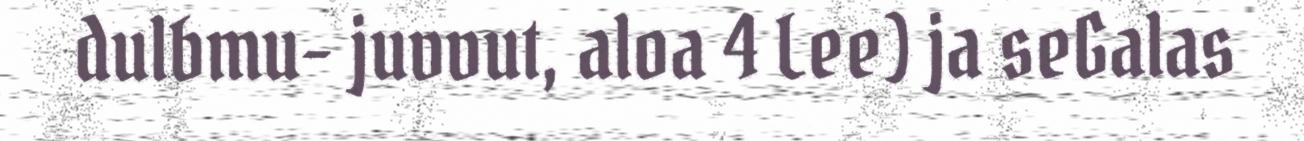
dulbmu- juvvut, aloa 4 Lee) ja seGalas